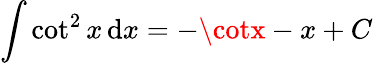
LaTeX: \int\cot^{2}x\, \mathrm{d}x=-\cotx-x+C